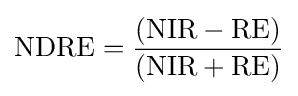
{\mbox{NDRE}}={\frac {({\mbox{NIR}}-{\mbox{RE}})}{({\mbox{NIR}}+{\mbox{RE}})}}